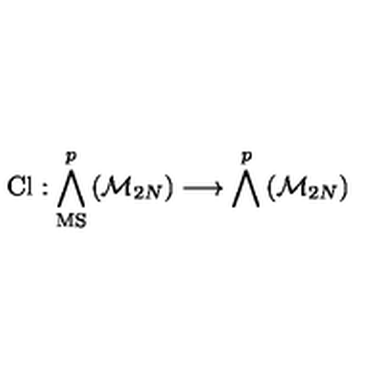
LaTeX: \mathrm { C l } : \bigwedge _ { \mathrm { M S } } ^ { p } \left( { \cal M } _ { 2 N } \right) \longrightarrow \bigwedge ^ { p } \left( { \cal M } _ { 2 N } \right)